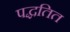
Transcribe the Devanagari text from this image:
पद्धतित